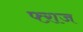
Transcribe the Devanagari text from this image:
फ्ऱाज